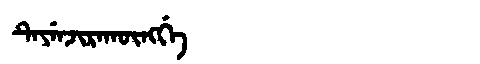
Manchu: ᡨᡝᠶᡝᠨᠵᡳᡵᠠᡴᡡᠩᡤᡝ
Romanization: TEYENJIRAKŪNGGE